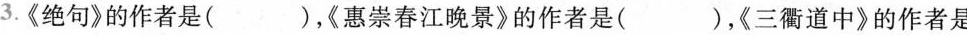
3.《绝句》的作者是( )。《惠崇春江晚景》的作者是